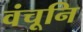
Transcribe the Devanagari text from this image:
वंचूनि